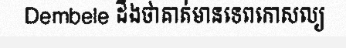
Dembele ដឹងថាគាត់មានទេពកោសល្យ